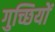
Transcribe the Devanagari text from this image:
गुच्छियों